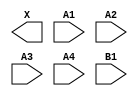
module sky130_fd_sc_ls__a41o (
    X ,
    A1,
    A2,
    A3,
    A4,
    B1
);

    output X ;
    input  A1;
    input  A2;
    input  A3;
    input  A4;
    input  B1;

    // Voltage supply signals
    supply1 VPWR;
    supply0 VGND;
    supply1 VPB ;
    supply0 VNB ;

endmodule